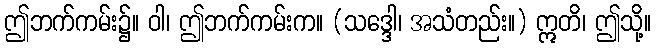
ဤဘက်ကမ်း၌။ ဝါ၊ ဤဘက်ကမ်းက။ (သဒ္ဒေါ၊ အသံတည်း။) ဣတိ၊ ဤသို့။